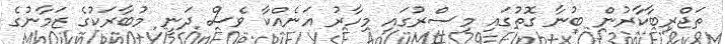
ތަޖްރިބާކާރުން ބުނާ ގޮތުގައި މިސްރުގައި މިހާރު އަނެއްކާ ވެސް ދަނީ މުބާރަކުގެ ޒަމާނުގެ